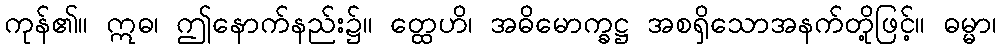
ကုန်၏။ ဣဓ၊ ဤနောက်နည်း၌။ တ္ထေဟိ၊ အဓိမောက္ခဋ္ဌ အစရှိသောအနက်တို့ဖြင့်။ ဓမ္မာ၊